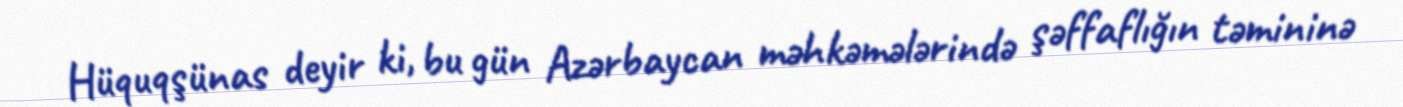
Hüquqşünas deyir ki, bu gün Azərbaycan məhkəmələrində şəffaflığın təmininə